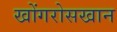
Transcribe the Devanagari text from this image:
खोंगरोसखान